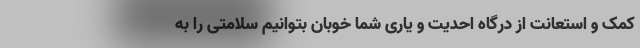
کمک و استعانت از درگاه احدیت و یاری شما خوبان بتوانیم سلامتی را به